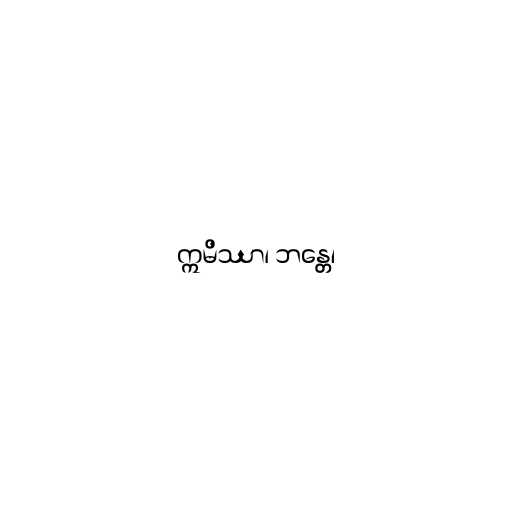
ဣမိဿာ၊ ဘန္တေ၊